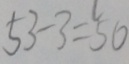
5 3 - 3 = 5 0